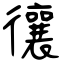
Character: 忀